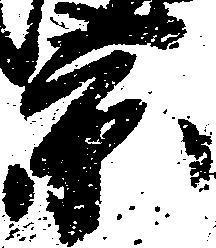
景